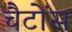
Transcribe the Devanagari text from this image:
चैटोंस